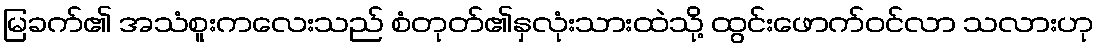
မြခက်၏ အသံစူးကလေးသည် စံတုတ်၏နှလုံးသားထဲသို့ ထွင်းဖောက်ဝင်လာ သလားဟု